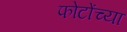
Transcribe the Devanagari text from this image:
फोटोंच्या